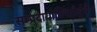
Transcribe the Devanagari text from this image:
सम्प्रदायोज्भितैर्बुधैः।